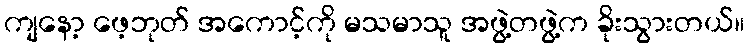
ကျနော့ ဖေ့ဘုတ် အကောင့်ကို မသမာသူ အဖွဲ့တဖွဲ့က ခိုးသွားတယ်။